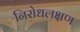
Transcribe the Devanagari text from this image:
निरोधलक्षण